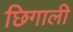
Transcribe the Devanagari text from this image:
छिगाली